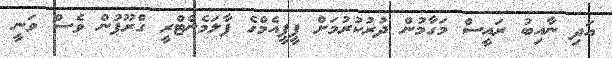
އަދި ނާއިބު ރައީސް މަގާމުން ދުރުކުރުމަށް ޕީޕީއެމްގެ ޕާލަމެންޓްރީ ގްރޫޕުން ވެސް ވަނީ